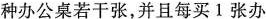
种办公桌若干张，并且每买1张办